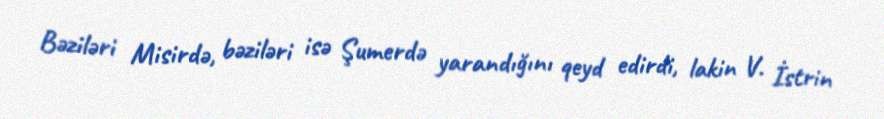
Bəziləri Misirdə, bəziləri isə Şumerdə yarandığını qeyd edirdi, lakin V. İstrin